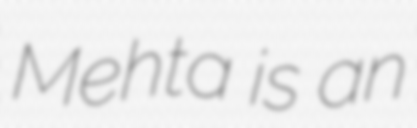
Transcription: Mehta is an